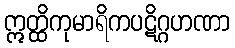
ဣတ္ထိကုမာရိကပဋိဂ္ဂဟဏာ